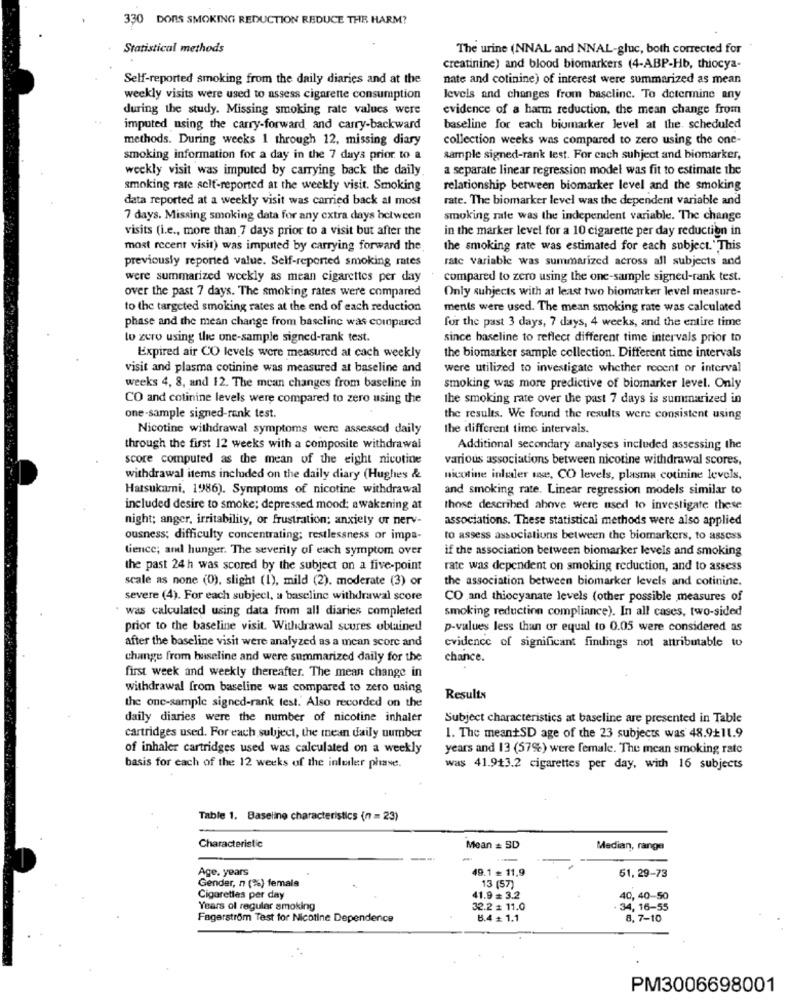
330 DONS SMOKING REDUCTION REDUCE THE HARM?
Statistical methods
The urine (NNAL and NNAL-gluc, both corrected for
creatinine) and blood biomarkers (4-ABP-Hb, thiocya-
Self-reported smoking from the daily diaries and at the
nate and cotinine) of interest were summarized as mean
weekly visits were used to assess cigarette consumption
levels and changes from baselinc. To determine any
during the study. Missing smoking rate values were
evidence of a harm reduction, the mean change from
imputed using the carry-forward and carry-backward
baseline for each biumarker level at the. scheduled
methods. During weeks 1 through 12, missing diary
collection weeks was compared to zero using the one-
smoking information for a day in the 7 days prior to a
sample signed-rank test. For cach subject and biomarker,
weekly visit was imputed by carrying back the daily
a separate linear regression model was fit to estimate the
smoking rate self-reported at the weekly visit. Smoking
relationship between biomarker level and the smoking
data reported at a weekly visit was carried back al most
rate. The biomarker level was the dependent variable and
7 days. Missing smoking data for any extra days between
smoking male was the independent variable. The change
visits (i.e ., more than 7 days prior to a visit but after the
in the marker level for a 10 cigarette per day reduction in
most recent visit) was imputed by carrying forward the
the smoking rate was estimated for each subject."This
rate variable was summarized across all subjects and
previously reported value. Self-reported smoking rates
were summarized weekly as mean cigarettes per day
compared to zero using the one-sample signed-rank test.
over the past 7 days. The smoking rates were compared
Only subjects with at least two biomarker level measure-
to the targeted smoking rates at the end of each reduction
ments were used. The mean smoking rate was calculated
for the past 3 days, 7 days, 4 weeks, and the entire time
phase and the mean change from baseline was compared
lo zero using the one-sample signed-rank test.
since baseline to reflect different time intervals prior to
Expired air CO levels were measured at each weekly
the biomarker sample collection. Different time intervals
visit and plasma cotinine was measured at baseline and
were utilized to investigate whether recent or interval
weeks 4, 8, and 12. The mean changes from baseline in
smoking was more predictive of biomarker level. Only
CO and cotinine levels were compared to zero using the
the smoking rate over the past 7 days is summarized in
one-sample signed-rank test.
the results. We found the results were consistent using
Nicotine withdrawal symptoms were assessed daily
the different time intervals.
through the first 12 weeks with a composite withdrawal
Additional secondary analyses included assessing the
score computed as the mean of the eight nicotine
various associations between nicotine withdrawal scores,
withdrawal items included on the daily diary (Hughes &
nicotine inliler me, CO levels, plasma cotinine levels,
Hatsukami, 1986). Symptoms of nicotine withdrawal
and smoking rate. Linear regression models similar to
included desire to smoke; depressed mood; awakening at
those described above were used to investigate these
night; anger, irritability, or frustration; anxiety or nerv-
associations. These statistical methods were also applied
ousness; difficulty concentrating; restlessness or impa-
to assess associations between the biomarkers, to assess
lience; and hunger. The severity of each symptom over
if the association between biomarker levels and smoking
the past 24 h was scored by the subject on a five-point
rate was dependent on smoking reduction, and to assess
scale as none (0), slight (1), mild (2). moderate (3) or
the association between biomarker levels and cotinine,
severe (4). For each subject, a baseline withdrawal score
CO and thiocyanate levels (other possible measures of
· was calculated using data from all diaries completed
smoking reduction compliance). In all cases, two-sided
prior to the baseline visit. Withdrawal suures obtained
p-values less than or equal to 0.05 were considered as
after the baseline visit were analyzed as a mean score and
evidence of significant findings not attributable to
change from baseline and were summarized daily for the
chance.
first week and weekly thereafter. The mean change in
withdrawal from baseline was compared to zero naing
the one-sample signed-rank test. Also recorded on the
Results
daily diaries were the number of nicotine inhaler
Subject characteristics at baseline are presented in Table
cartridges used. For each subject, the mean daily number
1. The meantSD age of the 23 subjects was 48.9+11.9
of inhaler cartridges used was calculated on a weekly
years and 13 (57%) were female. The mean smoking rate
basis for each of the 12 weeks of the inluiler phase.
was 41.9+3.2 cigarettes per day, with 16 subjects
Table 1. Baseline characteristics (n = 23)
Characteristic
Mean = SD
Median, range
Age. years
49.1 + 11,9
Gender, n (%) female
51, 29-73
13 (57)
Cigarettes per day
41.9 = 3.2
40, 40-50
Years of regular smoking
32.2 # 11.0
34, 16-55
Fagerström Test for Nicotine Dependence
B.4 + 1.1
8, 7-10
PM3006698001